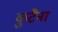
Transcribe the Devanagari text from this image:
कुटैना